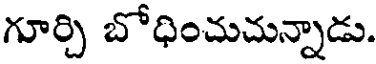
గూర్చి బోధించుచున్నాడు.